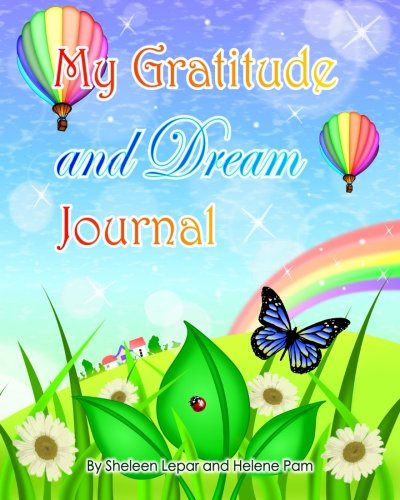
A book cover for My Gratitude and Dream Journal: A beautiful journal with magical art and inspiring quotes for kids, teens and adults; Sheleen Lepar; Self-Help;